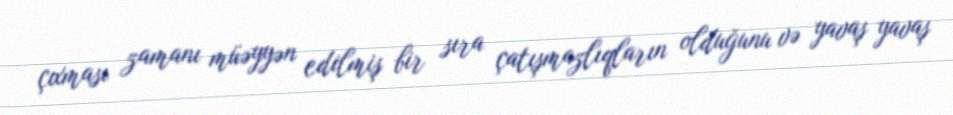
çıxması zamanı müəyyən edilmiş bir sıra çatışmazlıqların olduğunu və yavaş yavaş